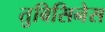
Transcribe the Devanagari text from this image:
तुबिसिनेस